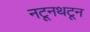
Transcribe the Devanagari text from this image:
नटूनथटून